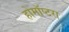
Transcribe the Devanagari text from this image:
होमॉप्टरा